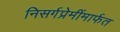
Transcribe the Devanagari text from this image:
निसर्गप्रेमींमार्फत